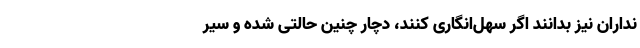
نداران نیز بدانند اگر سهل‌انگاری کنند، دچار چنین حالتی شده و سیر